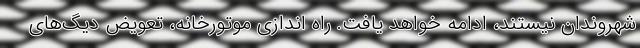
شهروندان نیستند، ادامه خواهد یافت. راه اندازی موتورخانه، تعویض دیگ‌های